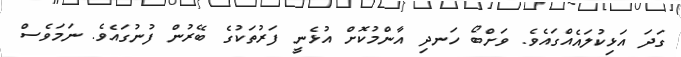
ގަދަ އަޅިކުލައެއްގައެވެ. ވަށްބޯ ހަނދި އާންމުކޮށް އުޅެނީ ފަރުތަކުގެ ބޭރުން ފުނުގައެވެ. ނަމަވެސް